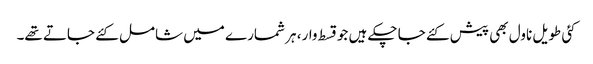
کئی طویل ناول بھی پیش کئے جا چکے ہیں جو قسط وار، ہر شمارے میں شامل کئے جاتے تھے۔